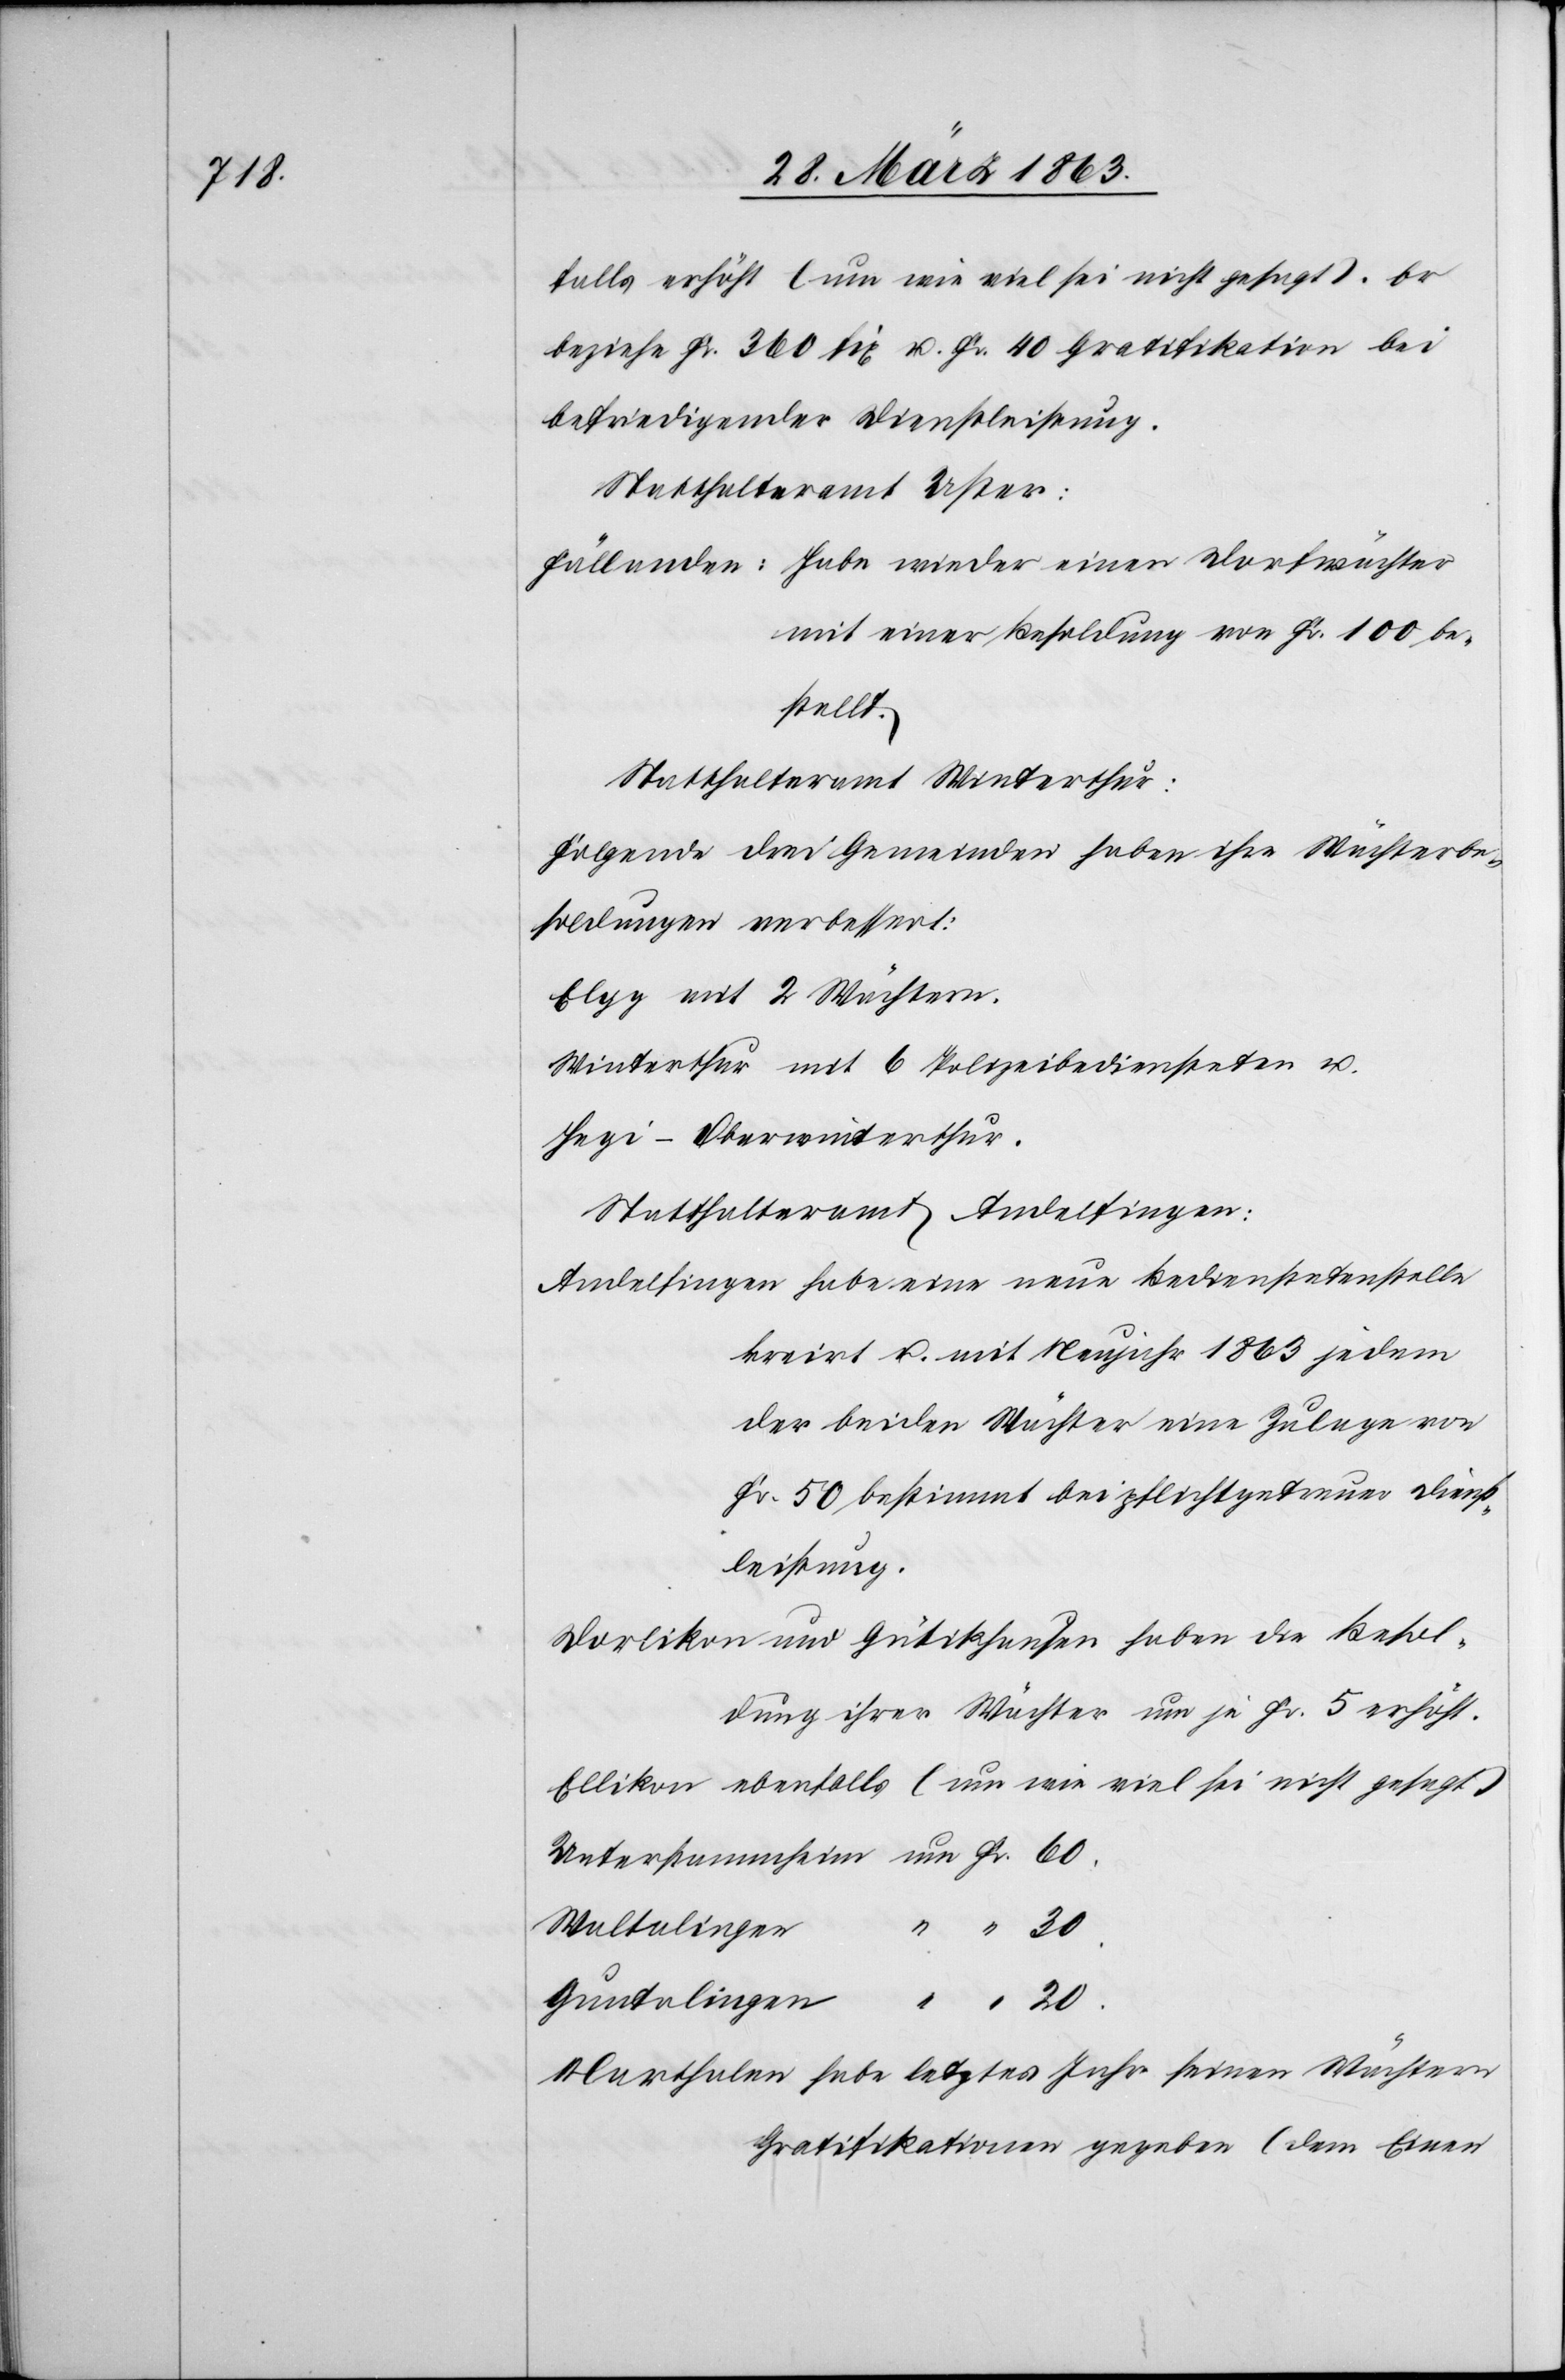
falls erhöht (um wie viel sei nicht gesagt). Er
beziehe Fr. 360 fix u. Fr. 40 Gratifikation bei
befriedigender Dienstleistung.
Statthalteramt Uster:
Fällanden: Habe wieder einen Dorfwächter
mit einer Besoldung von Fr. 100 be¬
stellt.
Statthalteramt Winterthur:
Folgende drei Gemeinden haben ihre Wächterbe¬
soldungen verbessert:
Elgg mit 2 Wächtern.
Winterthur mit 6 Polizeibediensteten u.
Hegi-Oberwinterthur.
Statthalteramt Andelfingen:
Andelfingen habe eine neue Bedienstetenstelle
kreirt u. mit Neujahr 1863 jedem
der beiden Wächter eine Zulage von
Fr. 50 bestimmt bei pflichtgetreuer Dienst¬
leistung.
Dorlikon und Gutikhausen haben die Besol¬
dung ihrer Wächter um je Fr. 5 erhöht.
Ellikon ebenfalls (um wie viel sei nicht gesagt)
20.
Waltalingen
Guntalingen
Marthalen habe letztes Jahr seinen Wächtern
Gratifikationen gegeben (dem Einen